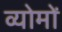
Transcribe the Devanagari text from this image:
व्योमों